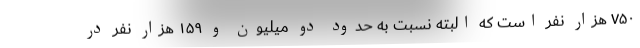
۷۵۰ هزار نفر است که البته نسبت به حدود دو میلیون و ۱۵۹ هزار نفر در